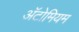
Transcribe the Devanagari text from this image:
अॅटोमियम